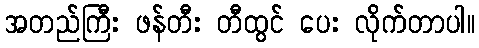
အတည်ကြီး ဖန်တီး တီထွင် ပေး လိုက်တာပါ။